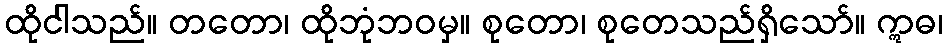
ထိုငါသည်။ တတော၊ ထိုဘုံဘဝမှ။ စုတော၊ စုတေသည်ရှိသော်။ ဣဓ၊